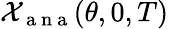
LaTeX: \mathcal{X}_{\mathrm{~a~n~a~}}(\theta,0,T)